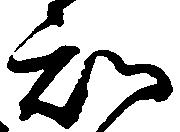
知